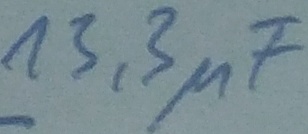
Text: 13,3µF